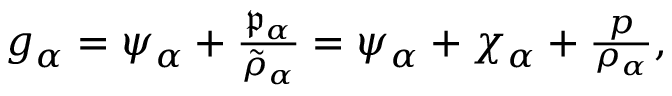
\begin{array} { r } { g _ { \alpha } = \psi _ { \alpha } + \frac { \mathfrak { p } _ { \alpha } } { \tilde { \rho } _ { \alpha } } = \psi _ { \alpha } + \chi _ { \alpha } + \frac { p } { \rho _ { \alpha } } , } \end{array}